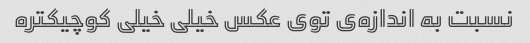
نسبت به اندازه‌ی توی عکس خیلی خیلی کوچیکتره